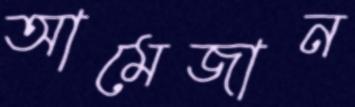
আমেজান